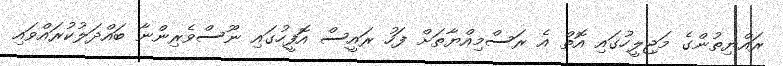
ރައްޔިތުންގެ މަޖިލީހުގައި އޮތް އެ ރަސްމިއްޔާތަށް ފަހު ރައީސް އޮފީހުގައި ނޫސްވެރިންނާ ބައްދަލުކުރައްވައި